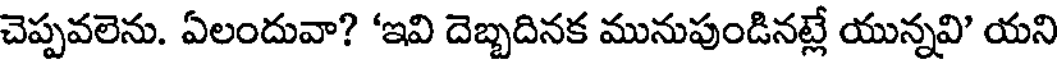
చెప్పవలెను. ఏలందువా? 'ఇవి దెబ్బదినక మునుపుండినట్లే యున్నవి' యని